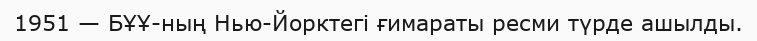
1951 — БҰҰ-ның Нью-Йорктегі ғимараты ресми түрде ашылды.